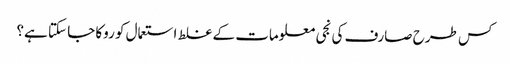
کس طرح صارف کی نجی معلومات کے غلط استعمال کو روکا جا سکتا ہے؟